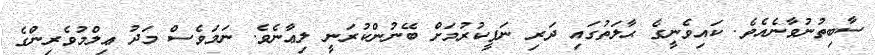
ސާބިތުނުވާނެއެވެ. ކައިވެނީގެ ޙާލަތުގައި ދަރި ނަފީކުރުމަށް ބޭނުންކުރަނީ ލިޢާނެވެ. ނަމަވެސް މަދު ޢިލްމުވެރިންގެ